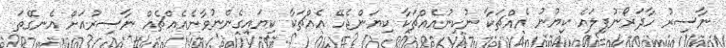
ނާސިރު ހާދަރޯނުފިލައެ ކިޔުނު އެއްޗަކާ ނުކިނުއެއްޗަކާ ކިޔަންޖެހޭ އެއްޗަކާ ކިޔައިގެންނުވާނެއެއްޗެއް ނާސިރުއަށް އެނގޭތަ